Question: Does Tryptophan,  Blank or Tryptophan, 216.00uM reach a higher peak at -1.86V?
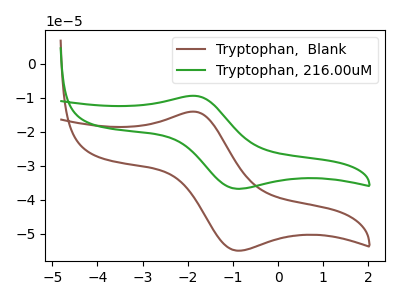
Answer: <think>The brown curve "Tryptophan,  Blank" has an anodic peak at (-1.85V, -14.10uA) and a cathodic peak at (-0.90V, -54.95uA). The green curve "Tryptophan, 216.00uM" has an anodic peak at (-1.85V, -9.40uA) and a cathodic peak at (-0.90V, -36.75uA).</think>
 <answer>The peak at -1.86V is lower in "Tryptophan,  Blank" than in "Tryptophan, 216.00uM".</answer>
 <eval>lower</eval>